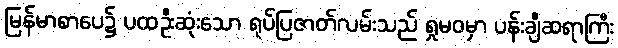
မြန်မာစာပေ၌ ပထဦးဆုံးသော ရုပ်ပြဇာတ်လမ်းသည် ရှုမဝမှာ ပန်းချီဆရာကြီး